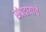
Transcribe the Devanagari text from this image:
संप्रदायांचे